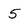
Character: 5